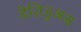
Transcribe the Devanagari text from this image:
डेशिडुअस